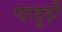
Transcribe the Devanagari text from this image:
पाहुड़ों